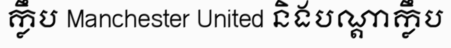
ក្លឹប Manchester United និងបណ្តាក្លឹប